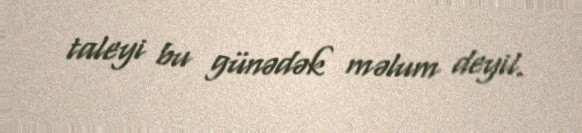
taleyi bu günədək məlum deyil.